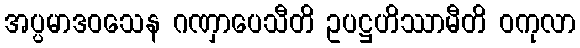
အပ္ပမာဒဝသေန ဂဏှာပေသီတိ ဥပဋ္ဌဟိဿာမီတိ ဝကုလာ